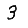
Digit: 3